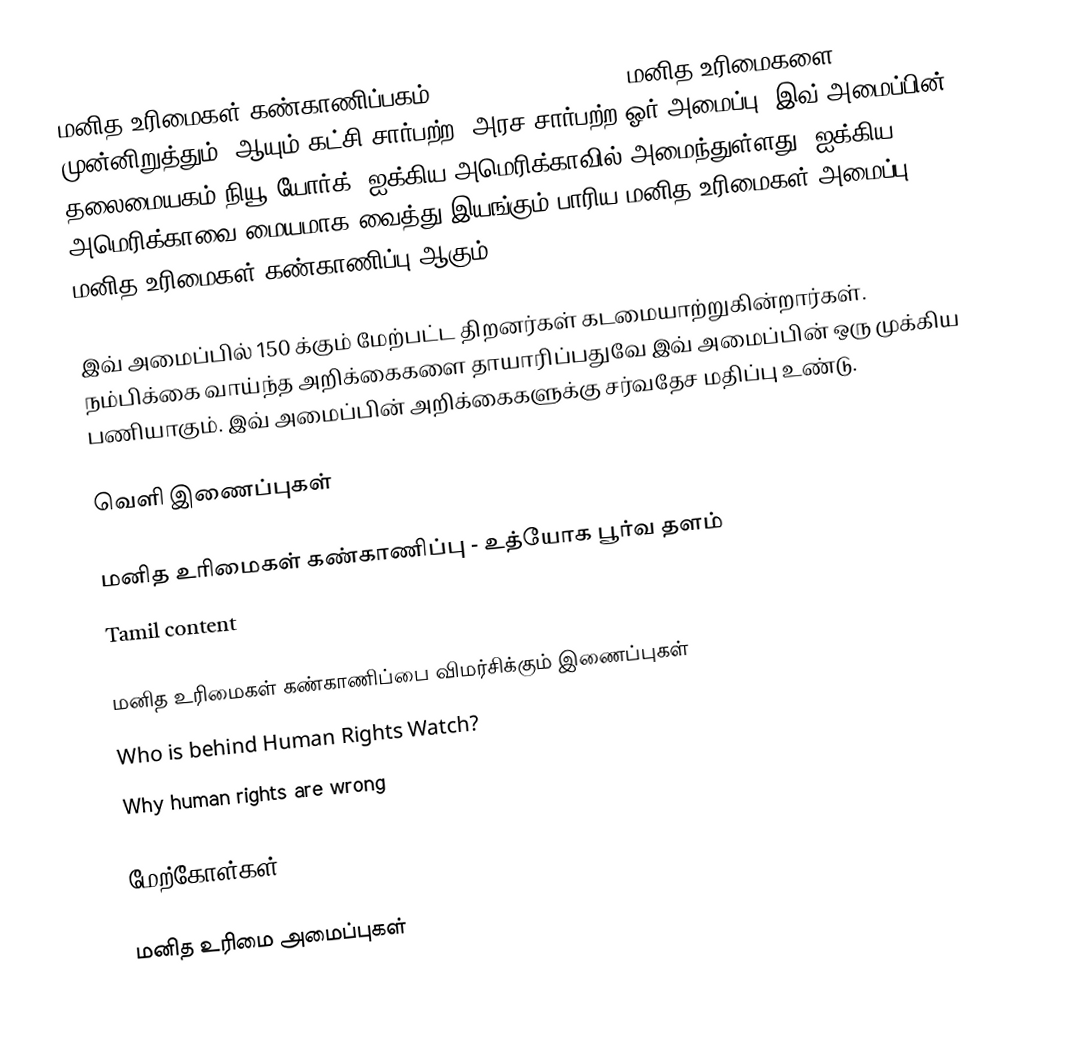
மனித உரிமைகள் கண்காணிப்பகம் (Human Rights Watch) மனித உரிமைகளை முன்னிறுத்தும், ஆயும் கட்சி சார்பற்ற, அரச சார்பற்ற ஓர் அமைப்பு. இவ் அமைப்பின் தலைமையகம் நியூ யோர்க், ஐக்கிய அமெரிக்காவில் அமைந்துள்ளது. ஐக்கிய அமெரிக்காவை மையமாக வைத்து இயங்கும் பாரிய மனித உரிமைகள் அமைப்பு மனித உரிமைகள் கண்காணிப்பு ஆகும்.

இவ் அமைப்பில் 150 க்கும் மேற்பட்ட திறனர்கள் கடமையாற்றுகின்றார்கள். நம்பிக்கை வாய்ந்த அறிக்கைகளை தாயாரிப்பதுவே இவ் அமைப்பின் ஒரு முக்கிய பணியாகும். இவ் அமைப்பின் அறிக்கைகளுக்கு சர்வதேச மதிப்பு உண்டு.

வெளி இணைப்புகள்

 மனித உரிமைகள் கண்காணிப்பு - உத்யோக பூர்வ தளம்
 Tamil content

மனித உரிமைகள் கண்காணிப்பை விமர்சிக்கும் இணைப்புகள்
 Who is behind Human Rights Watch?
 Why human rights are wrong

மேற்கோள்கள்

மனித உரிமை அமைப்புகள்